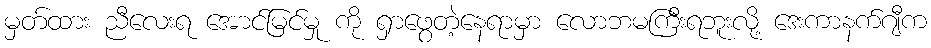
မှတ်ထား ညီလေးရ အောင်မြင်မှု ကို ရှာဖွေတဲ့နေရာမှာ လောဘမကြီးရဘူးလို့ ဒေးကာနက်ဂျီက